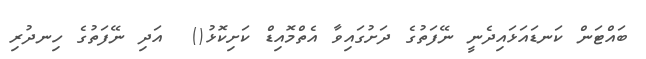
ބައްޓަން ކަނޑައަޅައިދެނީ ނޭފަތުގެ ދަށުގައިވާ އެތްމޮއިޑް ކަށިކޮޅު()  އަދި ނޭފަތުގެ ހިނދުރި